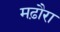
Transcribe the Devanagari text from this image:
मढ़ौरा